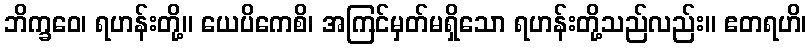
ဘိက္ခဝေ၊ ရဟန်းတို့။ ယေပိကေစိ၊ အကြင်မှတ်မရှိသော ရဟန်းတို့သည်လည်း။ ဧတရဟိ၊